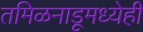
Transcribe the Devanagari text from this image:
तमिळनाडूमध्येही